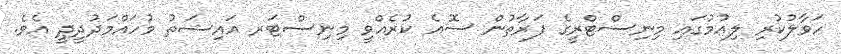
ހަވާލުކުރި ލިއުމުގައި މިނިސްޓްރީގެ ފަރާތުން ސޮއެ ކުރެއްވީ މިނިސްޓަރ އައިޝަތު މުހައްމަދުދީދީ އެވެ.